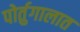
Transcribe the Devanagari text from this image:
पोर्तुगालात